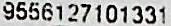
9556127101331